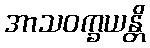
အာသဝက္ခယန္တိ